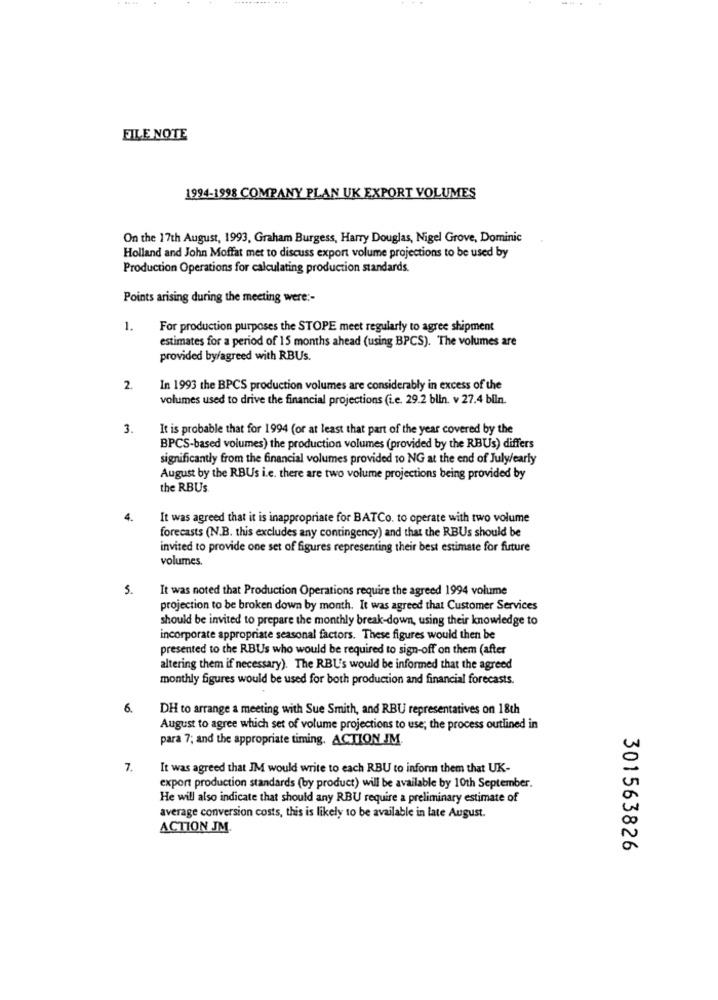
FILE NOTE
1994-1998 COMPANY PLAN UK EXPORT VOLUMES
On the 17th August, 1993, Graham Burgess, Harry Douglas, Nigel Grove, Dominic
Holland and John Moffat met to discuss export volume projections to be used by
Production Operations for calculating production standards.
Points arising during the meeting were :-
1.
For production purposes the STOPE meet regularly to agree shipment
estimates for a period of 15 months ahead (using BPCS). The volumes are
provided by/agreed with RBUs.
2.
In 1993 the BPCS production volumes are considerably in excess of the
volumes used to drive the financial projections (i.e. 29.2 blin. v 27.4 biln.
3.
It is probable that for 1994 (or at least that part of the year covered by the
BPCS-based volumes) the production volumes (provided by the RBUs) differs
significantly from the financial volumes provided 10 NG at the end of July/early
August by the RBUs i.e. there are two volume projections being provided by
the RBUs
4.
It was agreed that it is inappropriate for BATCo. to operate with two volume
forecasts (N.B. this excludes any contingency) and that the RBUs should be
invited to provide one set of figures representing their best estimate for future
volumes.
5.
It was noted that Production Operations require the agreed 1994 volume
projection to be broken down by month. It was agreed that Customer Services
should be invited to prepare the monthly break-down, using their knowledge to
incorporate appropriate seasonal factors. These figures would then be
presented to the RBUs who would be required to sign-off on them (after
altering them if necessary). The RBU's would be informed that the agreed
monthly figures would be used for both production and financial forecasts.
6.
DH to arrange a meeting with Sue Smith, and RBU representatives on 18th
August to agree which set of volume projections to use; the process outlined in
para 7; and the appropriate timing. ACTION JM.
7.
It was agreed that IM would write to each RBU to inform them that UK-
export production standards (by product) will be available by 10th September.
He will also indicate that should any RBU require a preliminary estimate of
average conversion costs, this is likely to be available in late August.
ACTION JM.
301563826